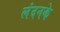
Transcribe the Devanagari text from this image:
लंदनके